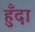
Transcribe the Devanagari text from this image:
हुँदा